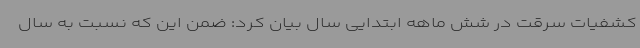
کشفیات سرقت در شش ماهه ابتدایی سال بیان کرد: ضمن این که نسبت به سال